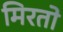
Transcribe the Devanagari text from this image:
मिरतो